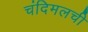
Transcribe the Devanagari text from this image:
चंदिमलची